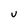
Character: U